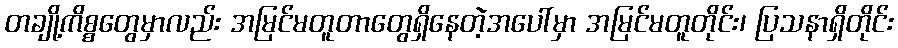
တချို့ကိစ္စတွေမှာလည်း အမြင်မတူတာတွေရှိနေတဲ့အပေါ်မှာ အမြင်မတူတိုင်း၊ ပြသနာရှိတိုင်း